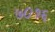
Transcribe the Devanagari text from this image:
७०१६